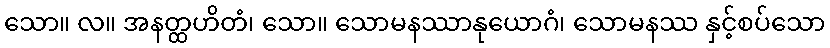
သော။ လ။ အနတ္ထဟိတံ၊ သော။ သောမနဿာနုယောဂံ၊ သောမနဿ နှင့်စပ်သော